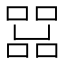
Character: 𠼨